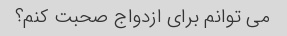
می توانم برای ازدواج صحبت کنم؟